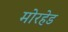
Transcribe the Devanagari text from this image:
मोरहेड